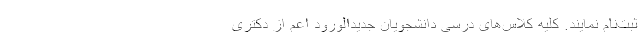
ثبت‌نام نمایند. کلیه کلاس‌های درسی دانشجویان جدیدالورود اعم از دکتری